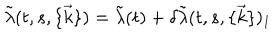
LaTeX: \tilde { \lambda } ( t , s , \{ \vec { k } \} ) = \tilde { \lambda } ( t ) + \delta \tilde { \lambda } ( t , s , \{ \vec { k } \} ) _ { 1 }